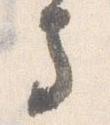
寺